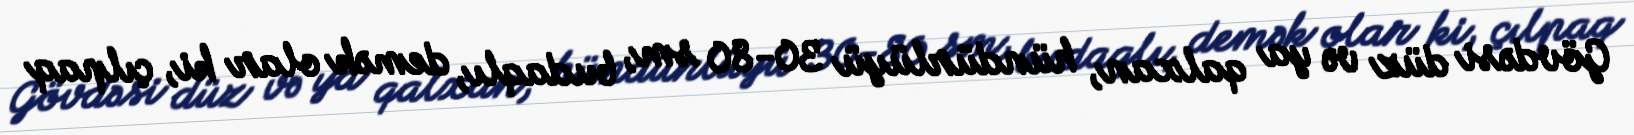
Gövdəsi düz və ya qalxan, hündürlüyü 30-80 sm, budaqlı, demək olar ki, çılpaq